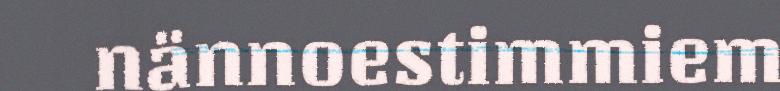
nännoestimmiem